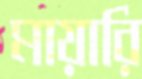
মায়ারি